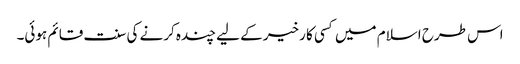
اس طرح اسلام میں کسی کا رخیر کے لیے چندہ کرنے کی سنت قائم ہوئی۔